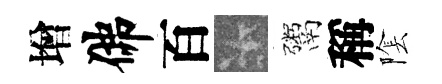
增佛百卡鬻稱隂